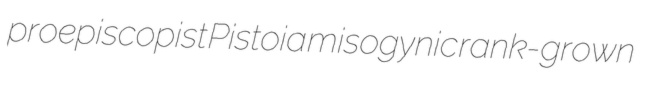
proepiscopist Pistoia misogynic rank-grown